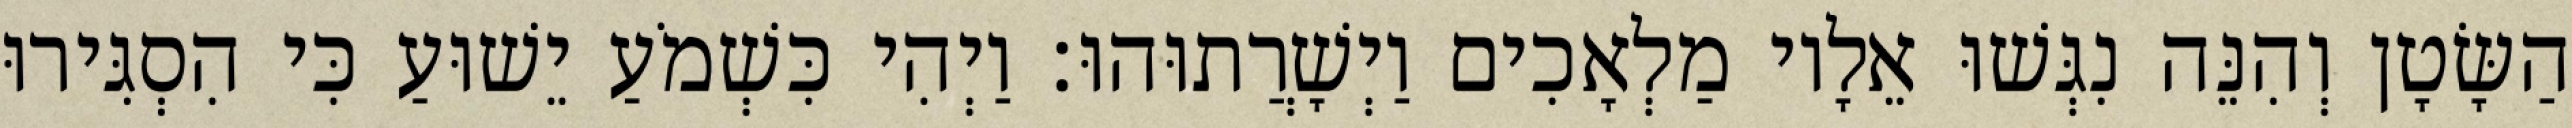
הַשָּׂטָן וְהִנֵּה נִגְּשׁוּ אֵלָיו מַלְאָכִים וַיְשָׁרֲתוּהוּ׃ וַיְהִי כִּשְׁמֹעַ יֵשׁוּעַ כִּי הִסְגִּירוּ